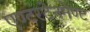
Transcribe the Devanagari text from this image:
एण्टरटेनमेण्ट